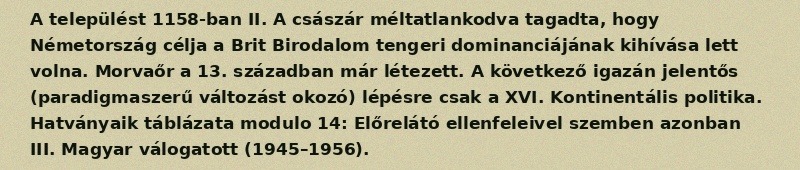
A települést 1158-ban II. A császár méltatlankodva tagadta, hogy Németország célja a Brit Birodalom tengeri dominanciájának kihívása lett volna. Morvaőr a 13. században már létezett. A következő igazán jelentős (paradigmaszerű változást okozó) lépésre csak a XVI. Kontinentális politika. Hatványaik táblázata modulo 14: Előrelátó ellenfeleivel szemben azonban III. Magyar válogatott (1945–1956).